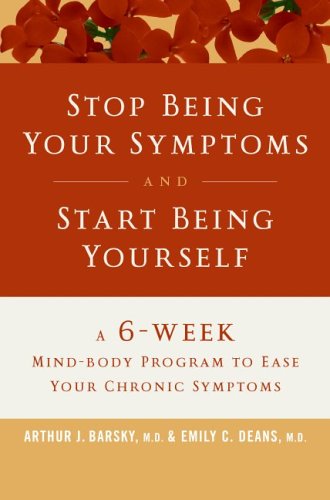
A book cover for Stop Being Your Symptoms and Start Being Yourself: The 6-Week Mind-Body Program to Ease Your Chronic Symptoms; Arthur J. Barsky; Health, Fitness & Dieting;